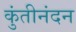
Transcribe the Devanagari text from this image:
कुंतीनंदन